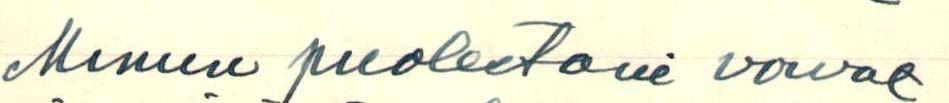
Minun puolestani voivat